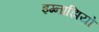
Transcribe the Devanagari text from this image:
इग्नाझियो